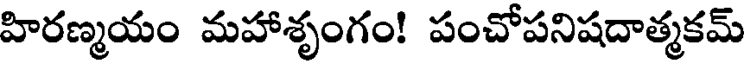
హిరణ్మయం మహాశృంగం! పంచోపనిషదాత్మకమ్